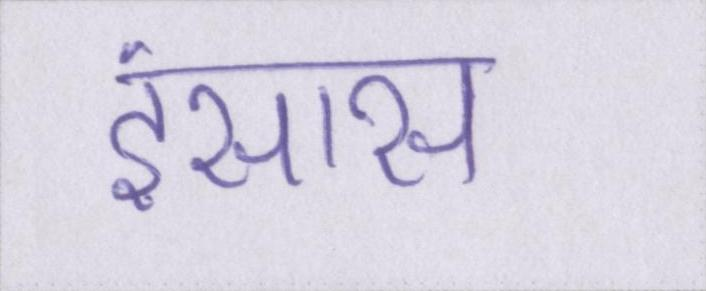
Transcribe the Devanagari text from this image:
इंसास